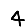
Digit: 4